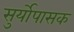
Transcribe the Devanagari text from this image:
सुर्योपासक